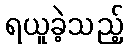
ရယူခဲ့သည့်